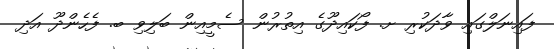
ފައިނަލްގައި ވާދަކުރި ށ. ފޯކައިދޫގެ އިތުރުން ސެމީއިން ބަލިވި ބ. ފެހެންދޫ އަދި